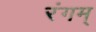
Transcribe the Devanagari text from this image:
रंगम्